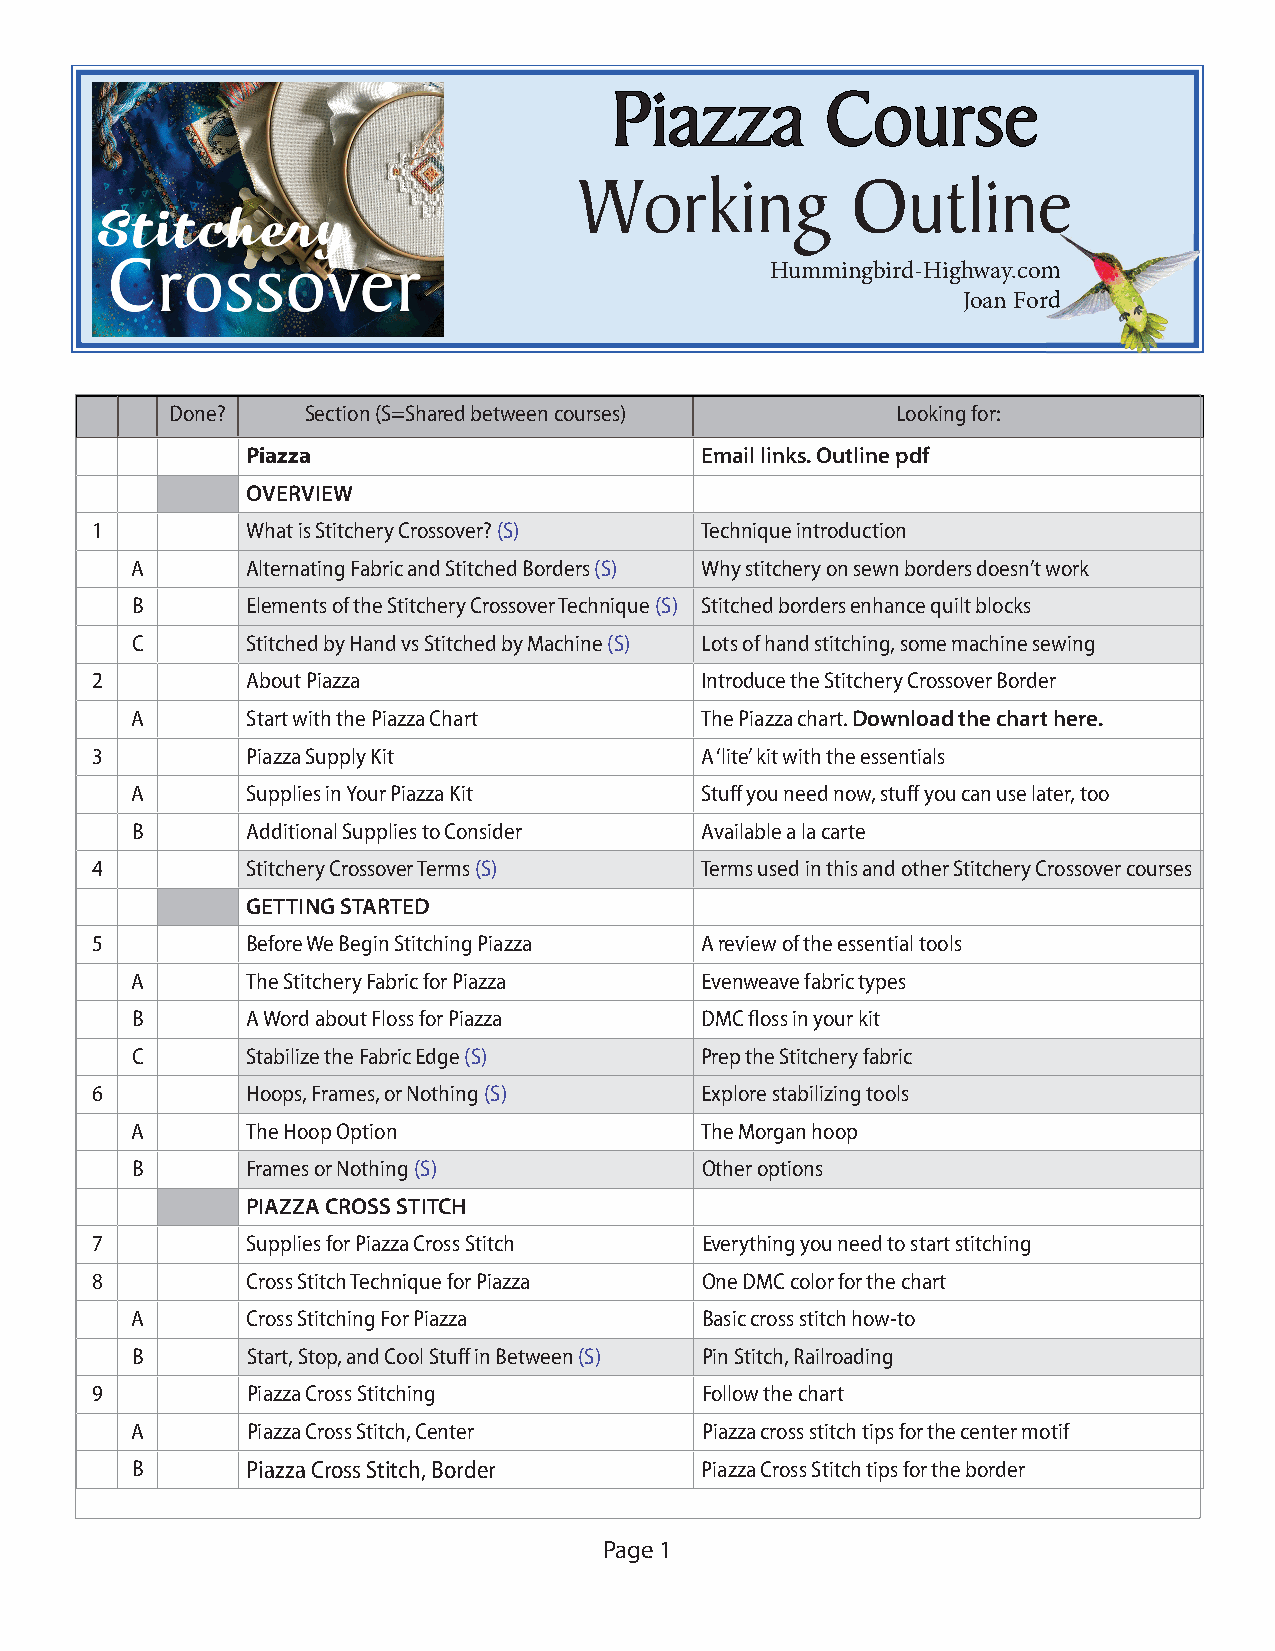
PPiiaazzzzaa   CCoouurrssee
 WWoorrkkiinngg    OOuuttlliinnee
 HHuummmmiinnggbbiirrdd--HHiigghhwwaayy..ccoomm
 JJooaann FFoorrdd
 Done?    Section (S=Shared between courses)     Looking for:
 Piazza                        Email links. Outline pdf
 OVERVIEW
 1         What is Stitchery Crossover? (S) Technique introduction
 A      Alternating Fabric and Stitched Borders (S) Why stitchery on sewn borders doesn’t work
 B      Elements of the Stitchery Crossover Technique (S) Stitched borders enhance quilt blocks
 C      Stitched by Hand vs Stitched by Machine (S) Lots of hand stitching, some machine sewing
 2         About Piazza                  Introduce the Stitchery Crossover Border
 A      Start with the Piazza Chart   The Piazza chart. Download the chart here.
 3         Piazza Supply Kit             A ‘lite’ kit with the essentials
 A      Supplies in Your Piazza Kit   Stuff you need now, stuff you can use later, too
 B      Additional Supplies to Consider Available a la carte
 4         Stitchery Crossover Terms (S) Terms used in this and other Stitchery Crossover courses
 GETTING STARTED
 5         Before We Begin Stitching Piazza A review of the essential tools
 A      The Stitchery Fabric for Piazza Evenweave fabric types
 B      A Word about Floss for Piazza DMC fl oss in your kit
 C      Stabilize the Fabric Edge (S) Prep the Stitchery fabric
 6         Hoops, Frames, or Nothing (S) Explore stabilizing tools
 A      The Hoop Option               The Morgan hoop
 B      Frames or Nothing (S)         Other options
 PIAZZA CROSS STITCH
 7         Supplies for Piazza Cross Stitch Everything you need to start stitching
 8         Cross Stitch Technique for Piazza One DMC color for the chart
 A      Cross Stitching For Piazza    Basic cross stitch how-to
 B      Start, Stop, and Cool Stuff in Between (S) Pin Stitch, Railroading
 9         Piazza Cross Stitching        Follow the chart
 A      Piazza Cross Stitch, Center   Piazza cross stitch tips for the center motif
 B      Piazza Cross Stitch, Border   Piazza Cross Stitch tips for the border
 Page 1